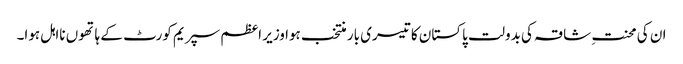
ان کی محنتِ شاقہ کی بدولت پاکستان کا تیسری بار منتخب ہوا وزیر اعظم سپریم کورٹ کے ہاتھوں نااہل ہوا۔